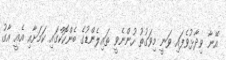
އޭނާ ވިދާޅުވެފައި ވަނީ މިވަގުތު ހުންނެވީ ތައިލެންޑުގެ ބެންކޮކްގައި ކަމަށާއި އެއީ އާގު